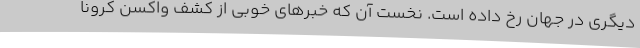
دیگری در جهان رخ داده است. نخست آن که خبرهای خوبی از کشف واکسن کرونا